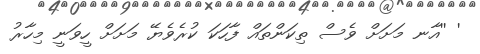
' ''އާނ މަށަށް ވެސް ތިކަންތައް ފާހަކަ ކުރެވެޔޭ މަށަށް ހީވަނީ މިހާރު